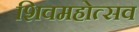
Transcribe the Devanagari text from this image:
शिवमहोत्सव